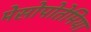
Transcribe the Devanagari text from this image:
मेसोपोतेमिया